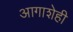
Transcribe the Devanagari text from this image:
आगाशेही